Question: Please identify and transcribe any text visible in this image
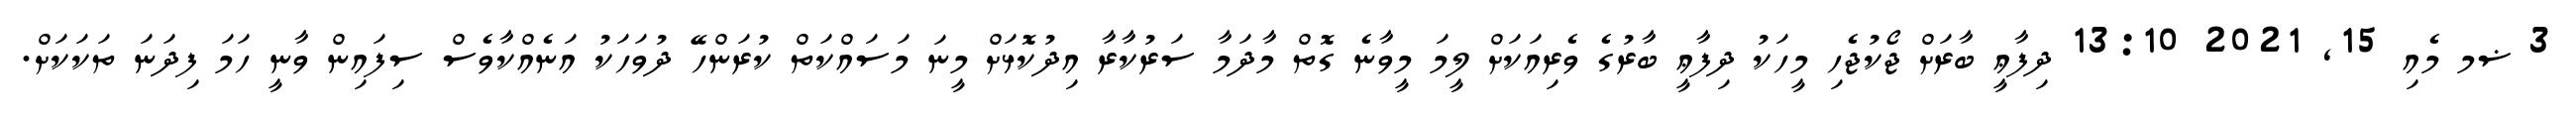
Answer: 3 ޟމ މެއި 15, 2021 13:10 ދިފާޢީ ބާރަށް ޖޯކުޖެހި މީހަކު ދިފާޢީ ބާރުގެ ވެރިއަކަށް ލީމަ މީވާނެ ގޮތް މާދަމާ ސަރުކާރާ އިދުކޮޅަށް މީނަ މަސައްކަތް ކުރަންހޭ ދުވަހަކު އަނެއްކާވެސް ސިފައިން ވާނީ ހަމަ ފިދަނަ ތަކަކަށް.